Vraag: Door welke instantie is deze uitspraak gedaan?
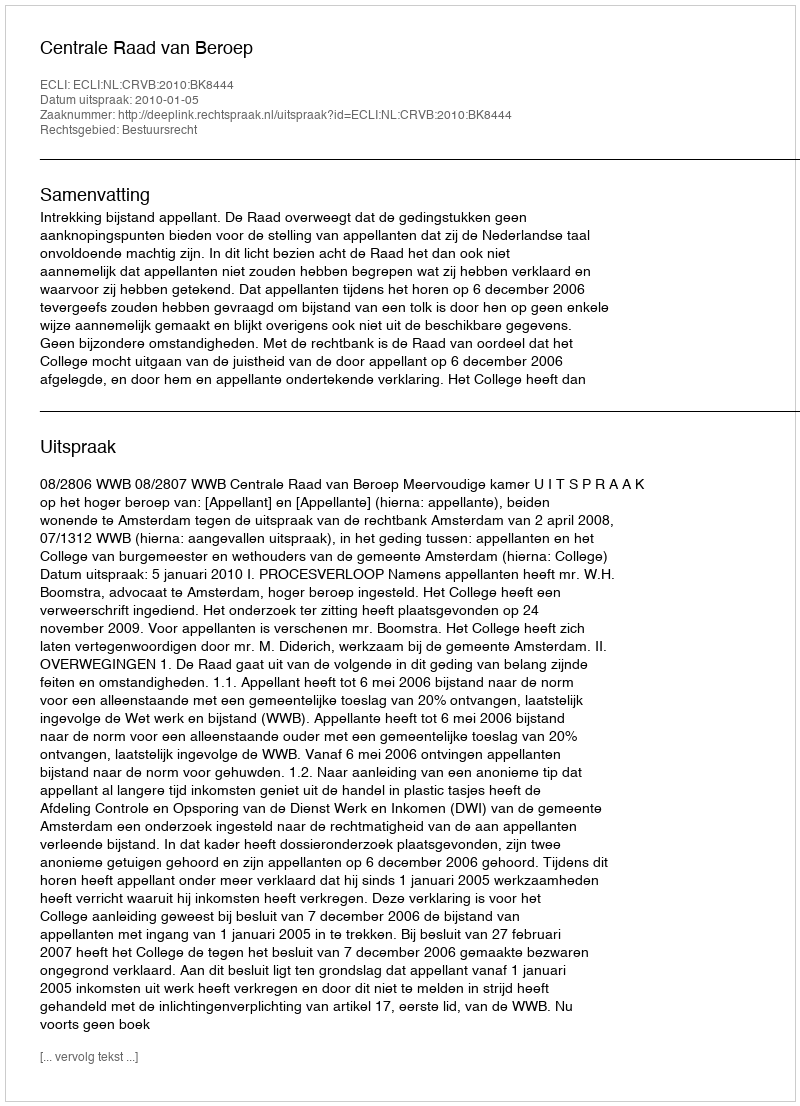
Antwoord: Centrale Raad van Beroep